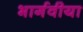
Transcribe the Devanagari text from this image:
भार्गवीया